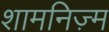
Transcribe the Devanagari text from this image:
शामनिज़्म